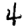
Digit: 4